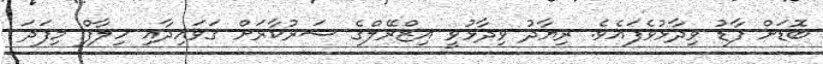
ބޮޑަށް ފާޑު ވިދާޅުވެފައެވެ. ރިޔާދު ވިދާޅުވީ އިޒްރޭލްގެ ސަރުކާރަށް ޤަވައިދާއި ހިލާފް މިފަދަ